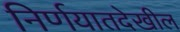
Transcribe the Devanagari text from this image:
निर्णयातदेखील